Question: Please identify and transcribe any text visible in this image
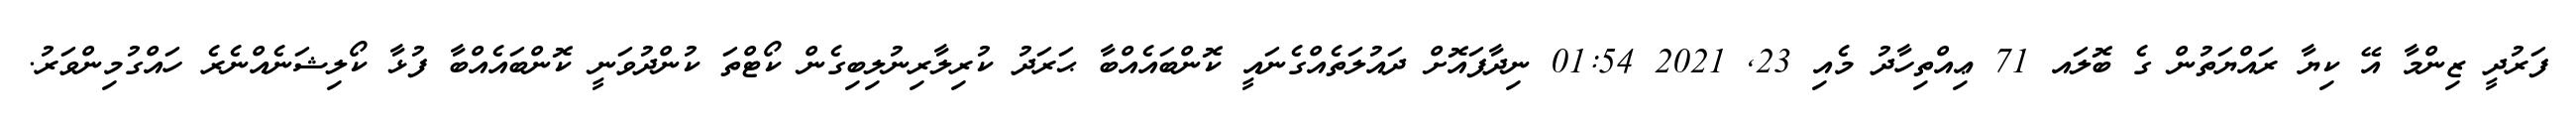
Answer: ފަރުދީ ޒިންމާ އޭ ކިޔާ ރައްޔަތުން ގެ ބޮލައ 71 ޢިއްތިހާދު މެއި 23, 2021 01:54 ނިދާފައޮށް ދައުލަތެއްގެނައީ ކޮންބައެއްބާ ޙަރަދު ކުރިލާރިނުލިބިގެން ކޯޓްތަ ކުންދުވަނީ ކޮންބައެއްބާ ފުޅާ ކޯލިޝަނެއްނެރެ ހައްގުމިންވަރު.